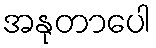
အနုတာပေါ